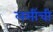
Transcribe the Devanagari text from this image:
लसींची